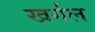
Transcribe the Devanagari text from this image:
खर्गल